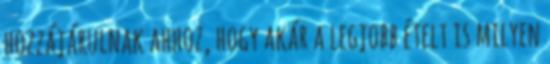
hozzájárulnak ahhoz, hogy akár a legjobb ételt is milyen